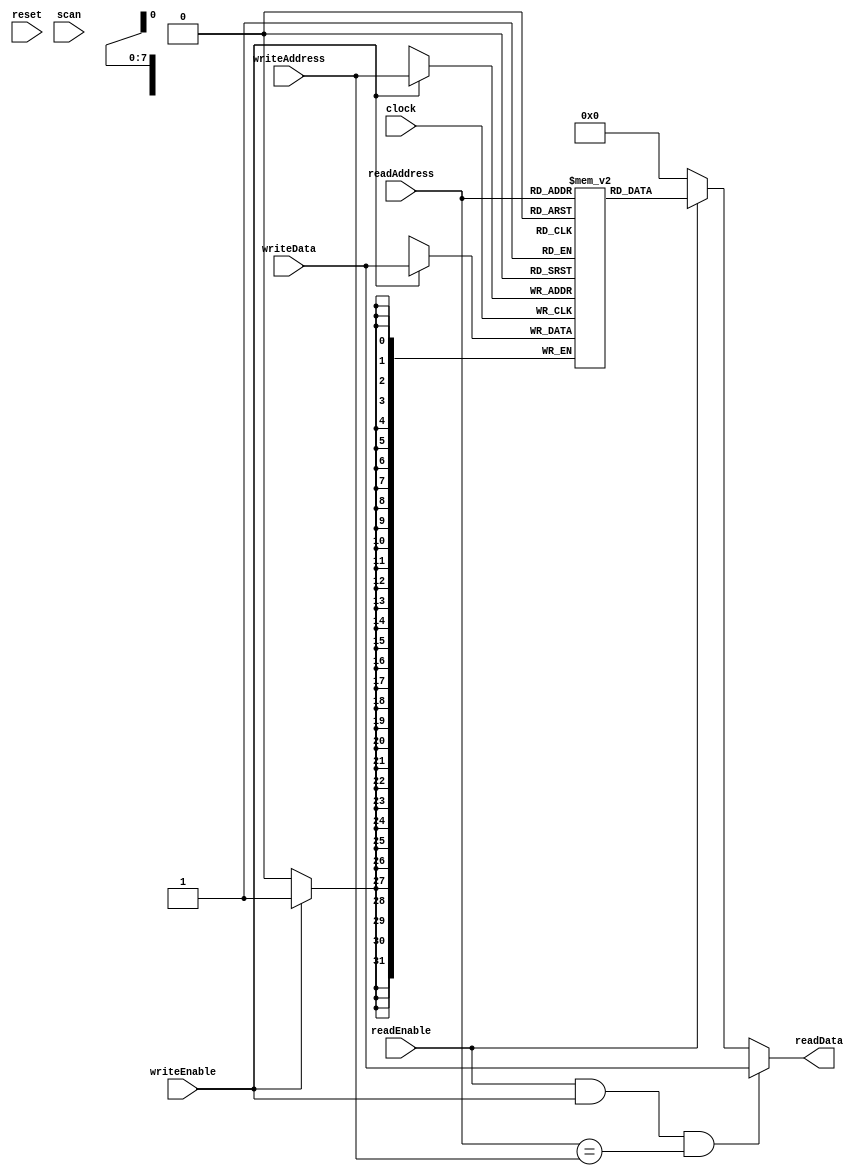
/** @module : BSRAM
 *  @author : Secure, Trusted, and Assured Microelectronics (STAM) Center

 *  Copyright (c) 2022 Trireme (STAM/SCAI/ASU)
 *  Permission is hereby granted, free of charge, to any person obtaining a copy
 *  of this software and associated documentation files (the "Software"), to deal
 *  in the Software without restriction, including without limitation the rights
 *  to use, copy, modify, merge, publish, distribute, sublicense, and/or sell
 *  copies of the Software, and to permit persons to whom the Software is
 *  furnished to do so, subject to the following conditions:
 *  The above copyright notice and this permission notice shall be included in
 *  all copies or substantial portions of the Software.

 *  THE SOFTWARE IS PROVIDED "AS IS", WITHOUT WARRANTY OF ANY KIND, EXPRESS OR
 *  IMPLIED, INCLUDING BUT NOT LIMITED TO THE WARRANTIES OF MERCHANTABILITY,
 *  FITNESS FOR A PARTICULAR PURPOSE AND NONINFRINGEMENT. IN NO EVENT SHALL THE
 *  AUTHORS OR COPYRIGHT HOLDERS BE LIABLE FOR ANY CLAIM, DAMAGES OR OTHER
 *  LIABILITY, WHETHER IN AN ACTION OF CONTRACT, TORT OR OTHERWISE, ARISING FROM,
 *  OUT OF OR IN CONNECTION WITH THE SOFTWARE OR THE USE OR OTHER DEALINGS IN
 *  THE SOFTWARE.
 */

//Same cycle read memory access
module BSRAM #(
  parameter CORE = 0,
  parameter DATA_WIDTH = 32,
  parameter ADDR_WIDTH = 8,
  parameter SCAN_CYCLES_MIN = 0,
  parameter SCAN_CYCLES_MAX = 1000
) (
  clock,
  reset,
  readEnable,
  readAddress,
  readData,
  writeEnable,
  writeAddress,
  writeData,
  scan
);

localparam MEM_DEPTH = 1 << ADDR_WIDTH;

input  clock;
input  reset;
input  readEnable;
input  [ADDR_WIDTH-1:0] readAddress;
output [DATA_WIDTH-1:0] readData;
input  writeEnable;
input  [ADDR_WIDTH-1:0] writeAddress;
input  [DATA_WIDTH-1:0] writeData;
input  scan;

wire [DATA_WIDTH-1:0] readData;
reg  [DATA_WIDTH-1:0] sram [0:MEM_DEPTH-1];

assign readData = (readEnable & writeEnable & (readAddress == writeAddress)) ?
                  writeData   : readEnable  ? sram[readAddress] : 0;

always@(posedge clock) begin : RAM_WRITE
  if(writeEnable)
    sram[writeAddress] <= writeData;
end

reg [31: 0] cycles;
always @ (posedge clock) begin
    cycles <= reset? 0 : cycles + 1;
	if (scan & ((cycles >=  SCAN_CYCLES_MIN) & (cycles <= SCAN_CYCLES_MAX)))begin
        $display ("------ Core %d SBRAM Unit - Current Cycle %d --------", CORE, cycles);
        $display ("| Read        [%b]", readEnable);
        $display ("| Read Address[%h]", readAddress);
        $display ("| Read Data   [%h]", readData);
        $display ("| Write       [%b]", writeEnable);
        $display ("| Write Addres[%h]", writeAddress);
        $display ("| Write Data  [%h]", writeData);
        $display ("----------------------------------------------------------------------");
    end
 end

endmodule